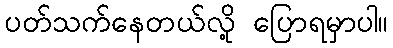
ပတ်သက်နေတယ်လို့ ပြောရမှာပါ။